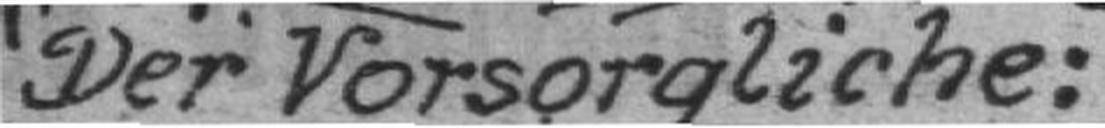
Der Vorsorgliche: